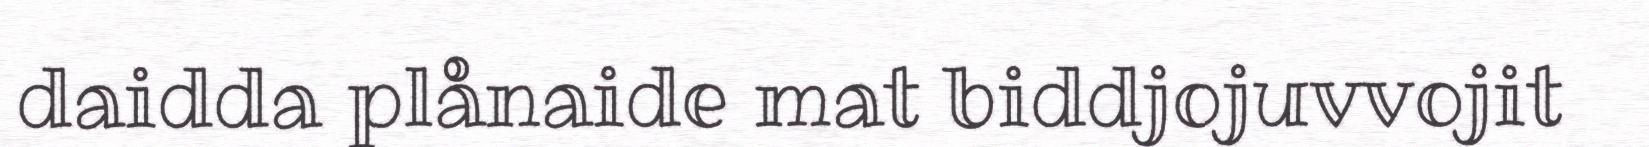
daidda plånaide mat biddjojuvvojit